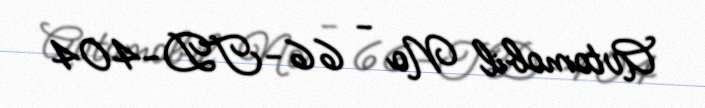
Avtomobil № - 66-TD-404